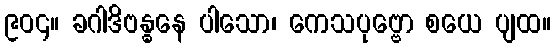
၉၀၄။ ခဂါဒိဗန္ဓနေ ပါသော၊ ကေသပုဗ္ဗော စယေ ပျထ။